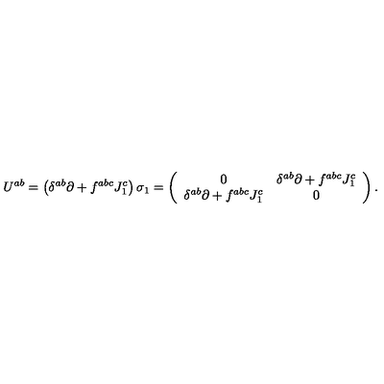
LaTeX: U ^ { a b } = \left( \delta ^ { a b } \partial + f ^ { a b c } J _ { 1 } ^ { c } \right) \sigma _ { 1 } = \left( \begin{array} { c c } { 0 } & { \delta ^ { a b } \partial + f ^ { a b c } J _ { 1 } ^ { c } } \\ { \noalign { \vspace { 6 p t } } \delta ^ { a b } \partial + f ^ { a b c } J _ { 1 } ^ { c } } & { 0 } \\ \end{array} \right) .